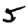
Digit: 5